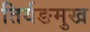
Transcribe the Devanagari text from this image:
तिर्यङमुख